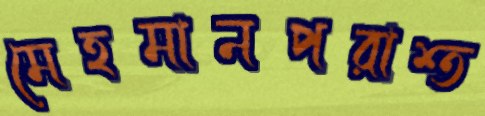
মেহমানপরাশ্ত